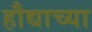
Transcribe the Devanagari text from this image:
हौद्याच्या